Indian journal of veterinary science and animal husbandry - Volumes 15-17, 1948-1951
Year: 1948
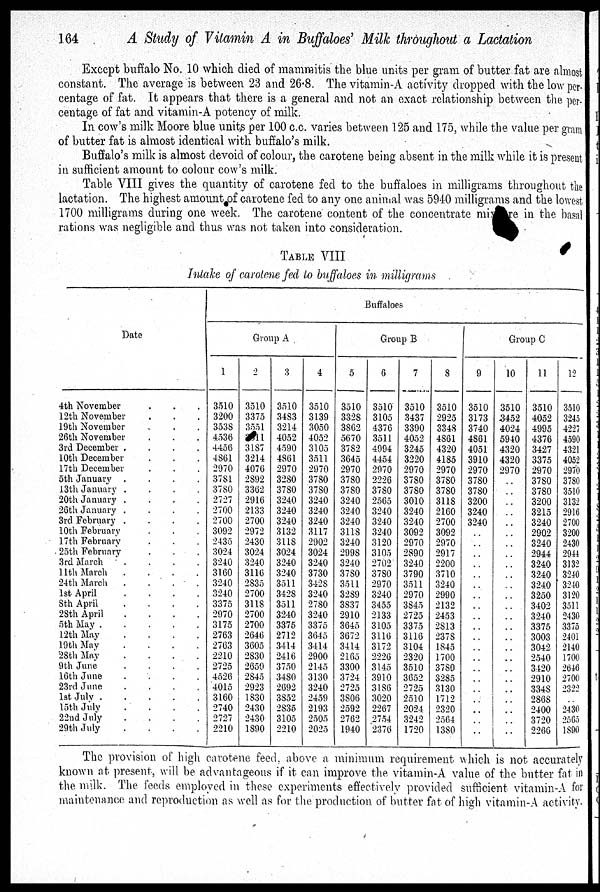
164
A Study of Vitamin A in Buffaloes' Milk throughout a Lactation
Except buffalo No. 10 which died of mammitis the blue units per gram of butter fat are almost
constant. The average is between 23 and 26.8. The vitamin-A activity dropped with the low per-
centage of fat. It appears that there is a general and not an exact relationship between the per-
centage of fat and vitamin-A potency of milk.
In cow's milk Moore blue units per 100 c.c. varies between 125 and 175, while the value per gram
of butter fat is almost identical with buffalo's milk.
Buffalo's milk is almost devoid of colour, the carotene being absent in the milk while it is present
in sufficient amount to colour cow's milk.
Table VIII gives the quantity of carotene fed to the buffaloes in milligrams throughout the
lactation. The highest amount of carotene fed to any one animal was 5940 milligrams and the lowest
1700 milligrams during one week. The carotene content of the concentrate mixture in the basal
rations was negligible and thus was not taken into consideration.
TABLE VIII
Intake of carotene fed to buffaloes in milligrams
Date
4th November . . .
12th November . . .
19th November . . .
26th November . . .
3rd December . . .
10th December . . .
17th December . . .
5th January
.
.
.
.
13th January
.
.
.
.
20th January
.
.
.
.
26th January
.
.
.
.
3rd February
.
.
.
.
10th February . . .
17th February . . .
25th February . . .
3rd March . . . .
11th March
.
.
.
.
24th March
.
.
.
.
1st April
.
.
.
.
8th April
.
.
.
.
28th April
. . . .
5th May
.
.
.
.
12th May
.
.
.
.
19th May
. . . .
28th May
.
.
.
.
9th June
.
.
.
.
16th June
.
.
.
.
23rd June
.
.
.
.
1st July
.
.
.
.
15th July . . . .
22nd July . . . .
29th July . . . .
Buffaloes
Group A
1
3510
3200
3538
4536
4456
4861
2970
3781
3780
2727
2700
2700
3092
2435
3024
3240
3160
3240
3240
3375
2970
3175
2763
2763
2210
2725
4526
4015
3160
2740
2727
2210
2
3510
3375
3551
3511
3187
3214
4076
2892
3362
2916
2133
2700
2972
2430
3024
3240
3116
2835
2700
3118
2700
2700
2646
3605
2830
2650
2845
2923
1830
2430
2430
1890
3
3510
3483
3214
4052
4590
4861
2970
3280
3780
3240
3240
3240
3132
3118
3024
3240
3240
3511
3428
3511
3240
3375
2712
3414
2416
3750
3480
2692
3852
2835
3105
2210
4
3510
3139
3050
4052
3105
3511
2970
3780
3780
3240
3240
3240
3117
2902
3024
3240
3730
3428
3240
2780
3240
3375
3645
3414
2900
2145
3130
3240
2459
2193
2505
2025
Group B
5
3510
3328
3862
5670
3782
3645
2970
3780
3780
3240
3240
3240
3118
3240
2998
3240
3780
3511
3289
3837
2910
3645
3672
3414
2165
3300
3724
2725
3806
2592
2762
1940
6
3510
3105
4376
3511
4994
4454
2970
2226
3780
2565
3240
3240
3240
3120
3105
2702
3780
2970
3240
3455
2133
3105
3116
3172
2226
3145
3910
3186
3020
2267
2754
2376
7
3510
3437
3390
4052
3245
3220
2970
3780
3780
3010
3240
3240
3092
2970
2890
3240
3790
3511
2970
3845
2725
3375
3116
3104
2320
3510
3652
2725
2510
2024
3242
1720
8
3510
2925
3348
4861
4320
4185
2970
3780
3780
3118
2160
2700
3092
2970
2917
2200
3710
3240
2990
2132
2453
2813
2378
1845
1700
3780
3285
3130
1712
2320
2564
1380
Group C
9
3510
3173
3740
4861
4051
3910
2970
3780
3780
3200
3240
3240
..
..
..
..
..
..
..
..
..
..
..
..
..
..
..
..
..
..
..
..
10
3510
3452
4024
5940
4320
4320
2970
..
..
..
..
..
..
..
..
..
..
..
..
..
..
..
..
..
..
..
..
..
..
..
..
..
11
3510
4052
4995
4376
3427
3375
2970
3780
3780
3200
3215
3240
2902
3240
2944
3240
3240
3240
3250
3402
3240
3375
3003
3042
2540
3420
2910
3348
2868
2400
3720
2266
12
3510
3245
4227
4590
4321
4052
2970
3780
3510
3132
2916
2700
3200
2430
2944
3132
3240
3240
3120
3511
2430
3375
2401
2140
1700
2646
2700
2322
..
2430
2565
1890
The provision of high carotene feed, above a minimum requirement which is not accurately
known at present, will be advantageous if it can improve the vitamin-A value of the butter fat in
the milk. The feeds employed in these experiments effectively provided sufficient vitamin-A for
maintenance and reproduction as well as for the production of butter fat of high vitamin-A activity.